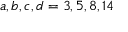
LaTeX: a , b , c , d = 3 , 5 , 8 , 1 4